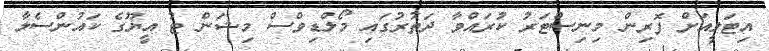
އިޓަލީއަށް ފޮރިން މިނިސްޓަރު ކުރައްވާ ދަތުރުގައި މޯލްޑިވްސް މިޝަން ޓު އީޔޫގެ ކައުންސެލާ